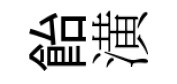
飴潢